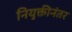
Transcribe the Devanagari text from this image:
नियुक्तीनंतर